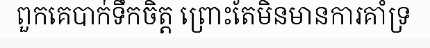
ពួកគេបាក់ទឹកចិត្ត ព្រោះតែមិនមានការគាំទ្រ